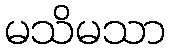
မသိမသာ